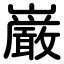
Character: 巌